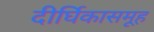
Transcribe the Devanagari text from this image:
दीर्घिकासमूह